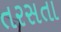
તરસતા